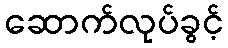
ဆောက်လုပ်ခွင့်